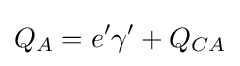
Q_{A}=e'\gamma '+Q_{CA}